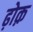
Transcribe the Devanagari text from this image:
ढ़ोक़